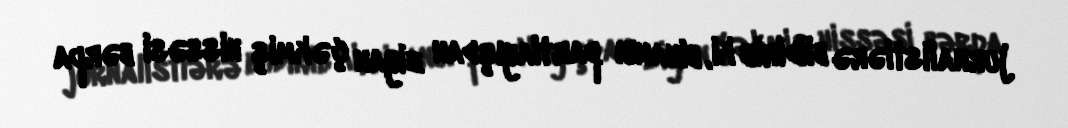
jurnalistlərə bildirib ki, binanın partlayışdan ziyan çəkmiş hissəsi bərpa